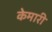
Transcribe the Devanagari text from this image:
केमारी